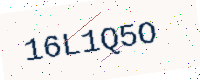
Text: 16L1Q5O